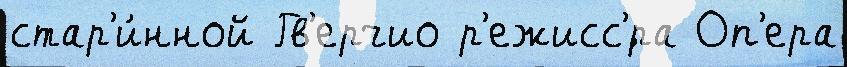
стар'и́нной Гв'ерчио р'ежисс'́ра Оп'ера